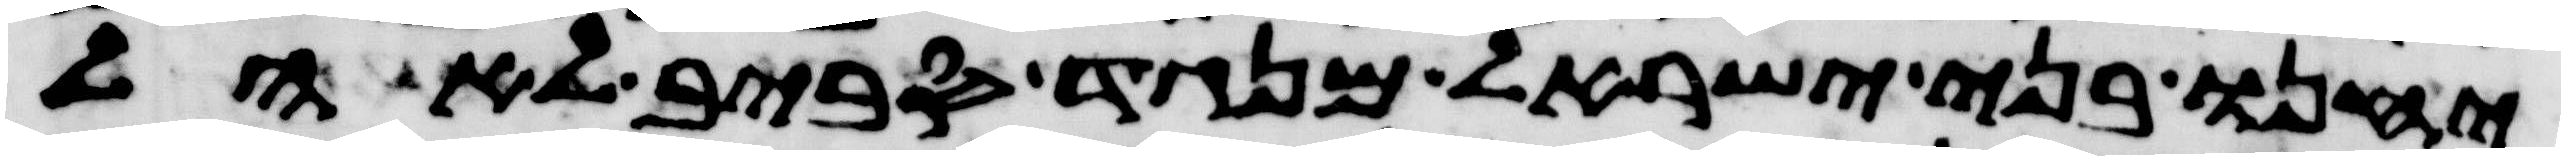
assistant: יחנו בני ישראל מנגד סביב לאהל